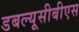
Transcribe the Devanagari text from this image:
डबल्यूसीबीएस